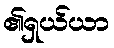
၏ရှယ်ယာ